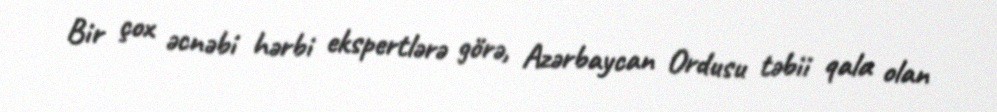
Bir çox əcnəbi hərbi ekspertlərə görə, Azərbaycan Ordusu təbii qala olan